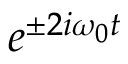
e ^ { \pm 2 i \omega _ { 0 } t }